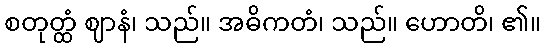
စတုတ္ထံ ဈာနံ၊ သည်။ အဓိကတံ၊ သည်။ ဟောတိ၊ ၏။